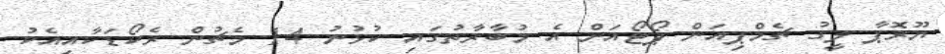
ޔޫރޮޕާ ލީގު ޗެމްޕިއަން ޕޯޓޯއަށް އެ މުބާރާތުގައި ކުޅުނު 14 މެޗުން ރެކޯޑަކާއިއެކު